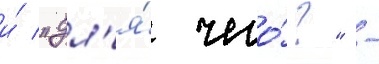
и́ "дл'я́ чего́?" -